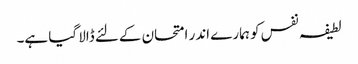
لطیفہ نفس کو ہمارے اندر امتحان کےلئے ڈالا گیا ہے۔